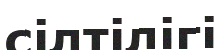
сілтілігі